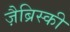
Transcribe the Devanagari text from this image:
ज़ैब्रिस्की